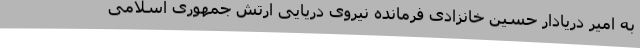
به امیر دریادار حسین خانزادی فرمانده نیروی دریایی ارتش جمهوری اسلامی